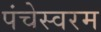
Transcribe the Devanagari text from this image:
पंचेस्वरम